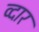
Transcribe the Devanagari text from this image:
व्दार